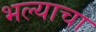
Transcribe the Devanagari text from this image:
भल्याचा